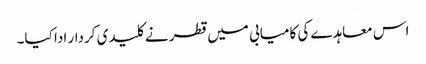
اس معاہدے کی کامیابی میں قطر نے کلیدی کردار ادا کیا۔